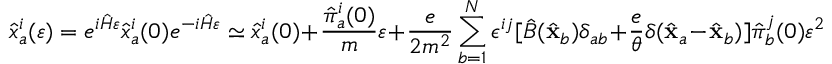
{ \hat { x } } _ { a } ^ { i } ( \varepsilon ) = e ^ { i { \hat { H } } \varepsilon } { \hat { x } } _ { a } ^ { i } ( 0 ) e ^ { - i { \hat { H } } \varepsilon } \simeq { \hat { x } } _ { a } ^ { i } ( 0 ) + { \frac { { \hat { \pi } } _ { a } ^ { i } ( 0 ) } { m } } \varepsilon + { \frac { e } { 2 m ^ { 2 } } } \sum _ { b = 1 } ^ { N } \epsilon ^ { i j } [ { \hat { B } } ( { \hat { \bf x } } _ { b } ) \delta _ { a b } + { \frac { e } { \theta } } \delta ( { \hat { \bf x } } _ { a } - { \hat { \bf x } } _ { b } ) ] { \hat { \pi } } _ { b } ^ { j } ( 0 ) \varepsilon ^ { 2 }